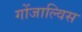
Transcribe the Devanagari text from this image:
गोंजाल्विस